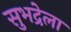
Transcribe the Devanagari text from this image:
सुभद्रेला